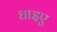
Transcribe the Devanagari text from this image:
धाइए